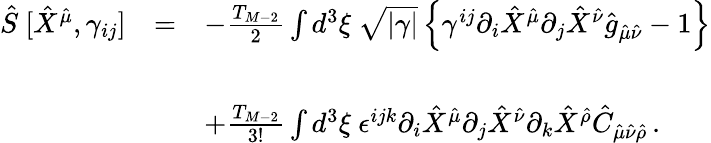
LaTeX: \begin{array}{rcl}{{\hat{S}\ [\hat{X}^{\hat{\mu}},\gamma_{ij}]}}&{{=}}&{{-\frac{T_{M-2}}{2}\int d^{3}\xi\ \sqrt{|\gamma|}\left\{ \gamma^{ij}\partial_{i}\hat{X}^{\hat{\mu}}\partial_{j}\hat{X}^{\hat{\nu}}\hat{g}_{\hat{\mu}\hat{\nu}}-1\right\} }}\\ {{}}&{{}}&{{}}\\ {{}}&{{}}&{{+\frac{T_{M-2}}{3!}\int d^{3}\xi\ \epsilon^{ijk}\partial_{i}\hat{X}^{\hat{\mu}}\partial_{j}\hat{X}^{\hat{\nu}}\partial_{k}\hat{X}^{\hat{\rho}}\hat{C}_{\hat{\mu}\hat{\nu}\hat{\rho}}\, .}}\end{array}